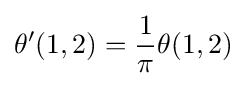
\theta '(1,2)={\frac {1}{\pi }}\theta (1,2)